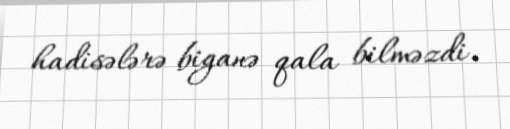
hadisələrə biganə qala bilməzdi.